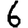
Digit: 6